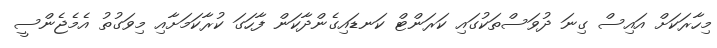
މިހާރަކަށް އައިސް ގިނަ ދުވަސްތަކުގައި ކަރަންޓް ކަނޑައިގެންދާކަން ފާހަގަ ކުރާކަމަށާއި މިވަގުތު އެމެޖެންސީ